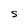
Character: S